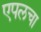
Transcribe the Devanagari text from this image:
एपलचा